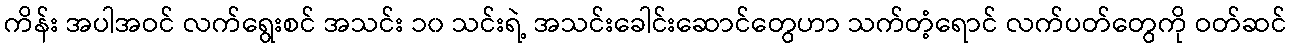
ကိန်း အပါအဝင် လက်ရွေးစင် အသင်း ၁၀ သင်းရဲ့ အသင်းခေါင်းဆောင်တွေဟာ သက်တံ့ရောင် လက်ပတ်တွေကို ဝတ်ဆင်